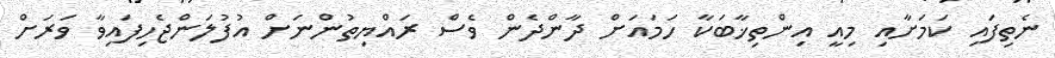
ނެތިފައި ކަމަށާއި މިއީ އިންތިޚާބަކާ ހަމައަށް ދާންދެން ވެސް ރައްޔިތުންނަށް އުފުލަންޖެހިފައިވާ ވަރަށް